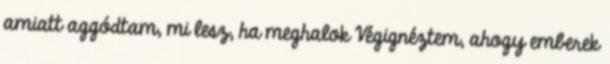
amiatt aggódtam, mi lesz, ha meghalok Végignéztem, ahogy emberek